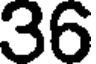
36